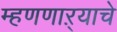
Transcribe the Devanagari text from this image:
म्हणणाऱ्याचे